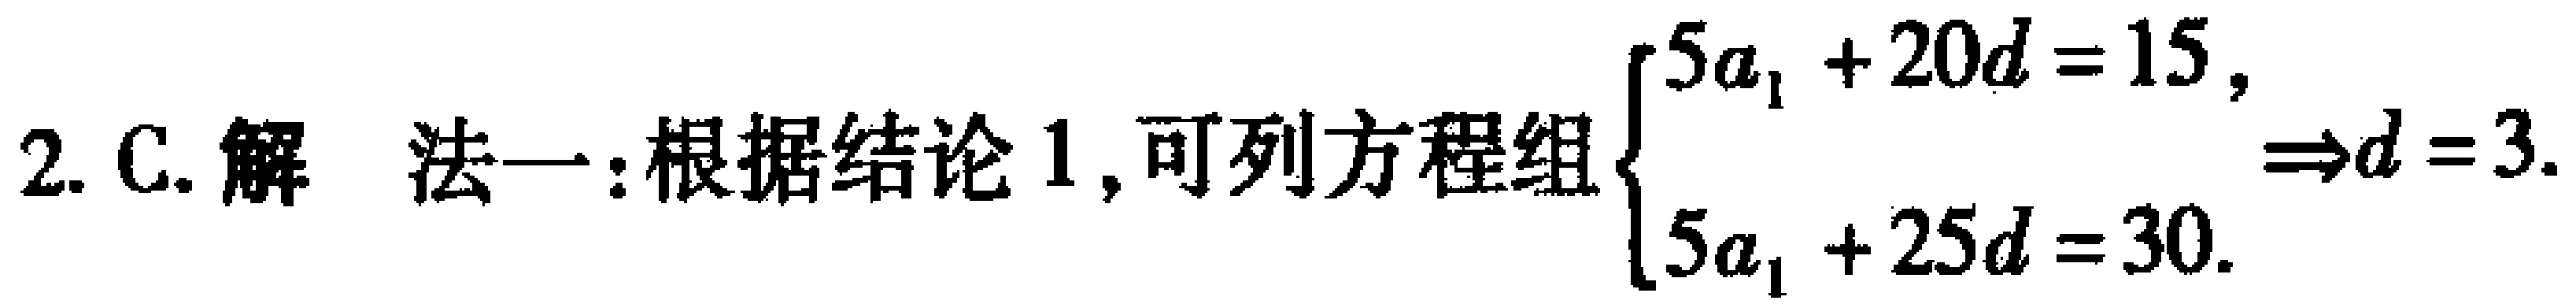
2. C. 解 法一：根据结论 1, 可列方程组$\begin{cases}5a_{1}+20d = 15,\\5a_{1}+25d = 30.\end{cases}\Rightarrow d = 3.$